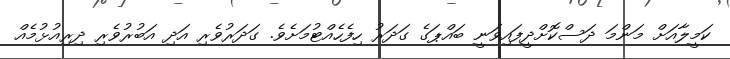
ކަމީލާއަށް މަންމަ ދަސްކޮށްދީފައިވަނީ ބައްޕަގެ ގަދަރު ހިފެހެއްޓުމަށެވެ. ގަދަރުވެރި އަދި އަބުރުވެރި ދިރިއުޅުމެއް